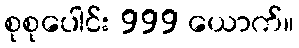
စုစုပေါင်း 999 ယောက်။